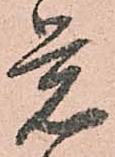
覚